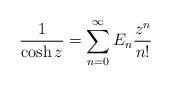
LaTeX: \begin{align*}\frac{1}{\cosh z} = \sum_{n=0}^{\infty} E_{n} \frac{z^{n}}{n!}\end{align*}